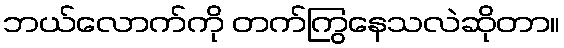
ဘယ်လောက်ကို တက်ကြွနေသလဲဆိုတာ။